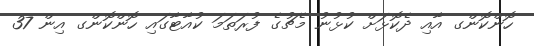
ހޮންކޮންގ އާއި ދެކޮޅަށް ކުޅުނު މެޗުގެ ފުރަތަމަ ކުއާޓާގައި ހޮންކޮންގ އިން 37